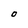
Character: O